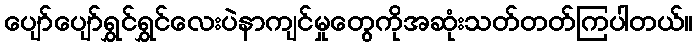
ပျော်ပျော်ရွှင်ရွှင်လေးပဲနာကျင်မှုတွေကိုအဆုံးသတ်တတ်ကြပါတယ်။